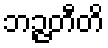
ဘဉ္ဇတီတိ